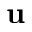
\mathbf { u }